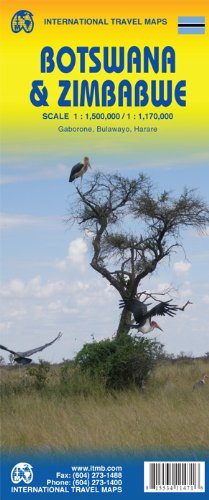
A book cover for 1. Botswana & Zimbabwe Travel Reference Map 1:1,5M/1:1,1M (International Travel Maps); International Travel maps; Travel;